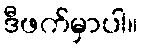
ဒီဖက်မှာပါ။